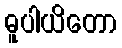
ဓူပါယိတော